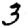
Digit: 3